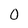
Character: 0